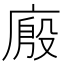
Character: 𰏾